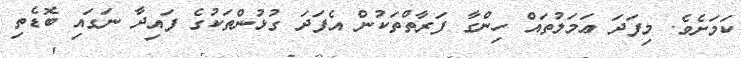
ކަމަށެވެ. މިފަދަ ޢަމަލުތައް ހިންގާ ފަރާތްތަކުން އެފަދަ ގުޅުންތަކުގެ ފައިދާ ނަގައި ބޮޑެތި